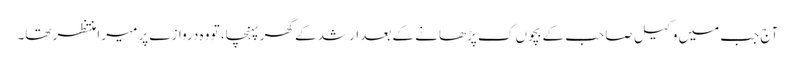
آج جب میں وکیل صاحب کے بچوں ک پڑھانے کے بعد ارشد کے گھر پہنچا، تو وہ دروازے پر میرا منتظر تھا۔